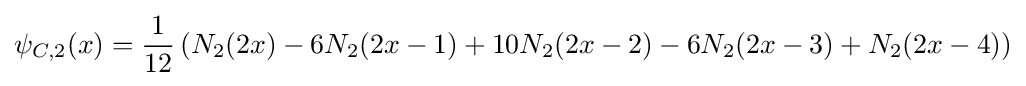
\psi _{C,2}(x)={\frac {1}{12}}\left(N_{2}(2x)-6N_{2}(2x-1)+10N_{2}(2x-2)-6N_{2}(2x-3)+N_{2}(2x-4)\right)